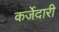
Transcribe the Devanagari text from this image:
कर्जेदारी